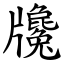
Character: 㸥